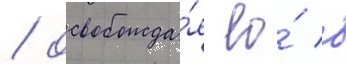
/ освобожда́я ео́ в